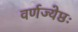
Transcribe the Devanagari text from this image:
वर्णज्येष्ठः